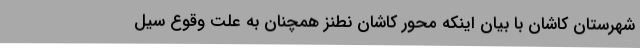
شهرستان کاشان با بیان اینکه محور کاشان نطنز همچنان به علت وقوع سیل